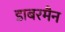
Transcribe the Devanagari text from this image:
डाबरमैन